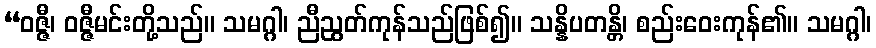
“ဝဇ္ဇီ၊ ဝဇ္ဇီမင်းတို့သည်။ သမဂ္ဂါ၊ ညီညွတ်ကုန်သည်ဖြစ်၍။ သန္နိပတန္တိ၊ စည်းဝေးကုန်၏။ သမဂ္ဂါ၊